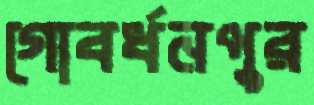
গোবর্ধনপুর